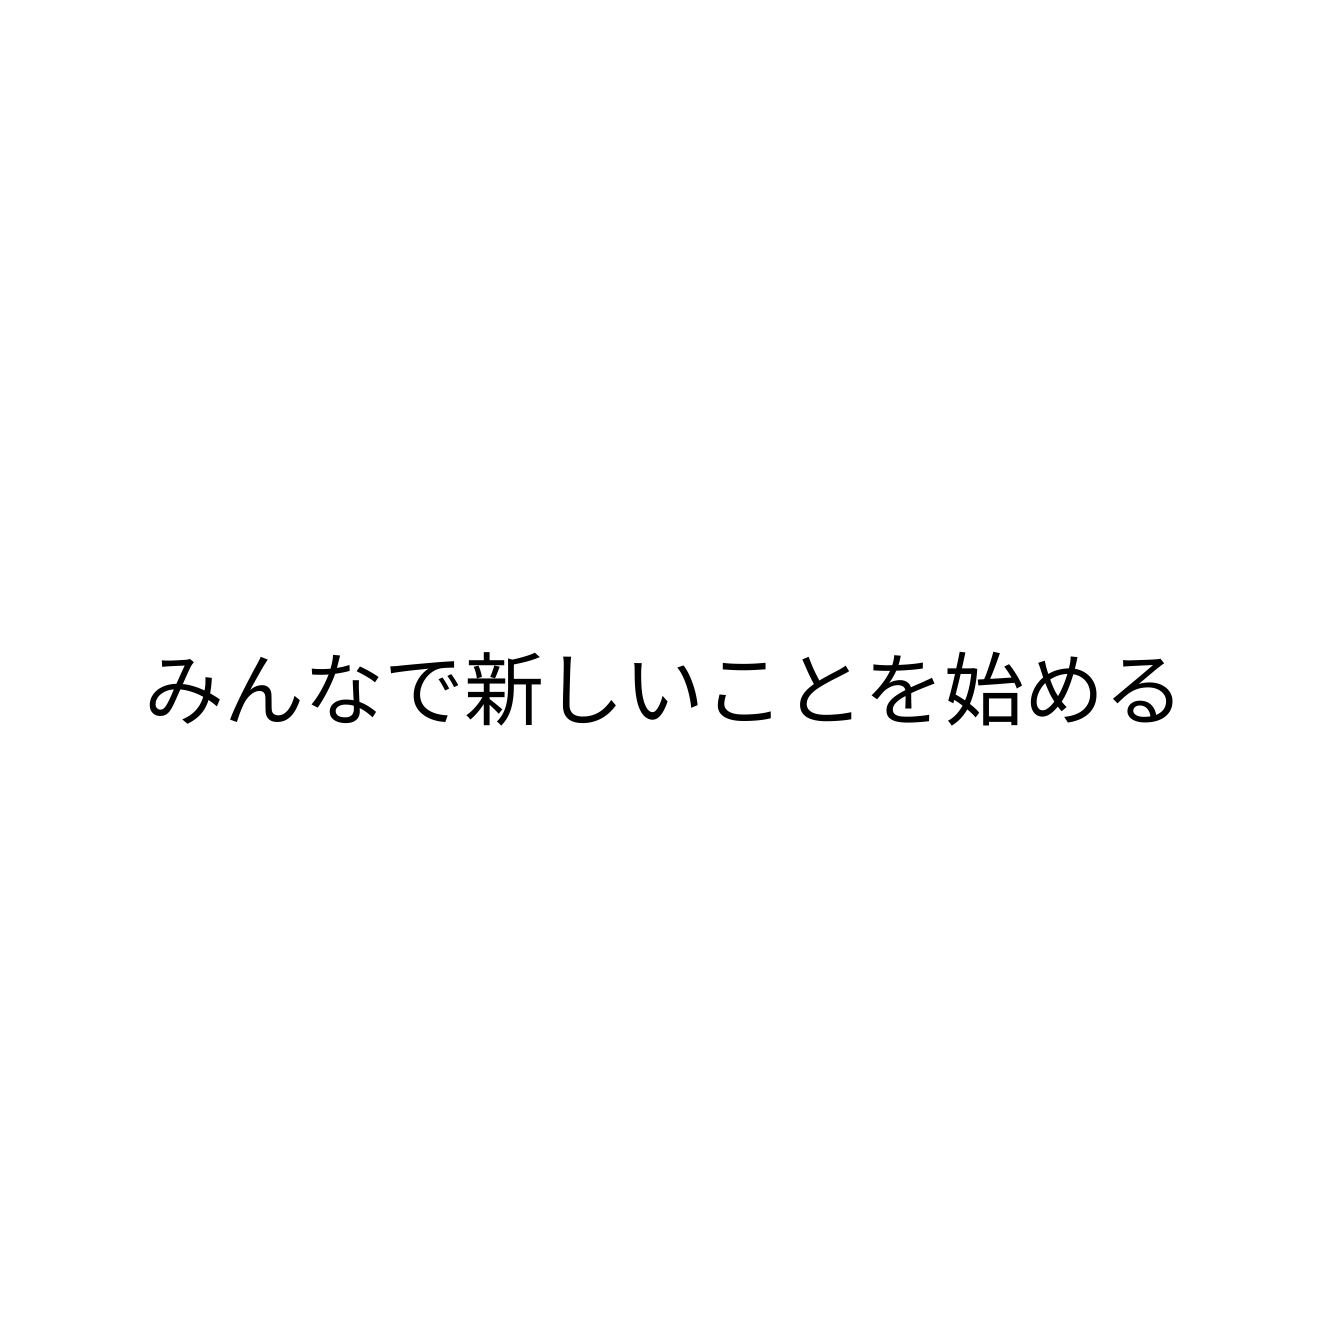
みんなで新しいことを始める